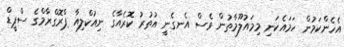
އެހެންކަމުން ހަމައެކަނި މިމައުލޫމާތުން ވެސް އެނގެނީ އުތުރު ކޮރެއާގެ ނިއުކްލިއާ ޕްރޮގްރާމްގެ ސްޕީޑް